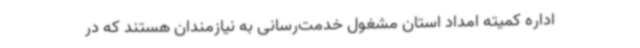
اداره کمیته امداد استان مشغول خدمت‌رسانی به نیازمندان هستند که در